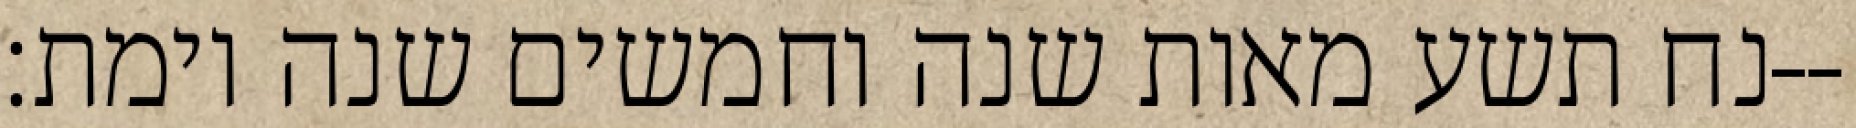
נח תשע מאות שנה וחמשים שנה וימת׃--